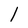
Character: l